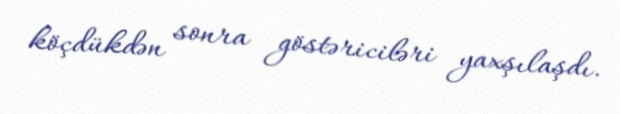
köçdükdən sonra göstəriciləri yaxşılaşdı.